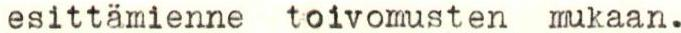
esittämienne toivomusten mukaan.